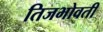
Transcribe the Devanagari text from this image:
तिजभोवती